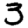
Digit: 3